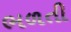
ભળતી